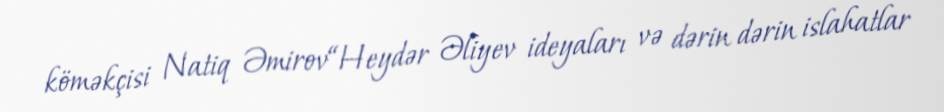
köməkçisi Natiq Əmirov“Heydər Əliyev ideyaları və dərin dərin islahatlar